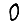
Digit: 0